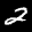
Label: 2